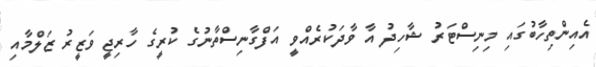
އެއިންތިހާބުގައި މިނިސްޓަރު ޝާހިދު އާ ވާދަކުރެއްވީ އަފްގާނިސްތާނުގެ ކުރީގެ ހާރިޖީ ވަޒީރު ޒަލްމާއި